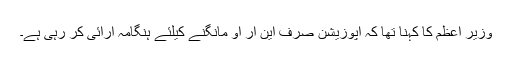
وزیر اعظم کا کہنا تھا کہ اپوزیشن صرف این آر او مانگنے کیلئے ہنگامہ آرائی کر رہی ہے۔